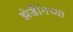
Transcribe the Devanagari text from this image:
झेडॉँगच्या